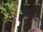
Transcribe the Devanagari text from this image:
बिनट